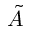
\tilde { A }